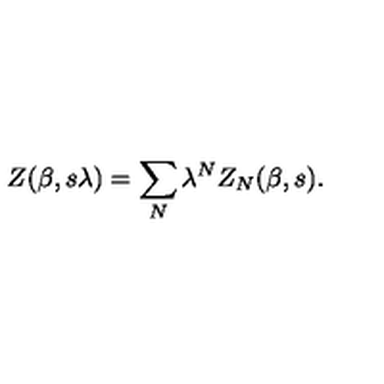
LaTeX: Z ( \beta , s \lambda ) = \sum _ { N } \lambda ^ { N } Z _ { N } ( \beta , s ) .